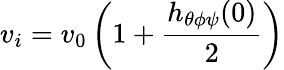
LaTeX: v_{i}=v_{0}\left(1+\frac{h_{\theta\phi\psi}(0)}{2}\right)